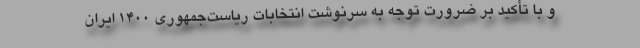
و با تأکید بر ضرورت توجه به سرنوشت انتخابات ریاست‌جمهوری ۱۴۰۰ ایران